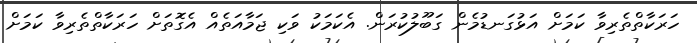
ހަރަކާތްތެރިވާ ކަމަށް އަޅުގަނޑުމެން ގަބޫލުކުރަން. އެކަމަކު ވަކި ޖަމާއަތެއް އެގޮތަށް ހަރަކާތްތެރިވާ ކަމަށް